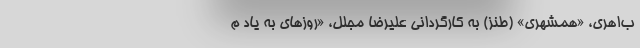
ب‌اهری، «همشهری» (طنز) به کارگردانی علیرضا مجلل، «روزهای به یاد م